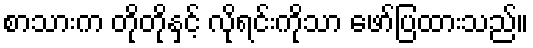
စာသားက တိုတိုနှင့် လိုရင်းကိုသာ ဖော်ပြထားသည်။